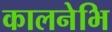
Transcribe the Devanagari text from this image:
कालनेभि